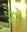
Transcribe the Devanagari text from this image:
शैसे